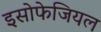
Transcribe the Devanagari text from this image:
इसोफेजियल